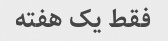
فقط یک هفته